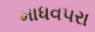
માધવપરા